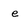
Character: e